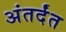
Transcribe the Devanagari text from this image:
अंतर्दंत